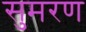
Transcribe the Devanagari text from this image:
सुमरण